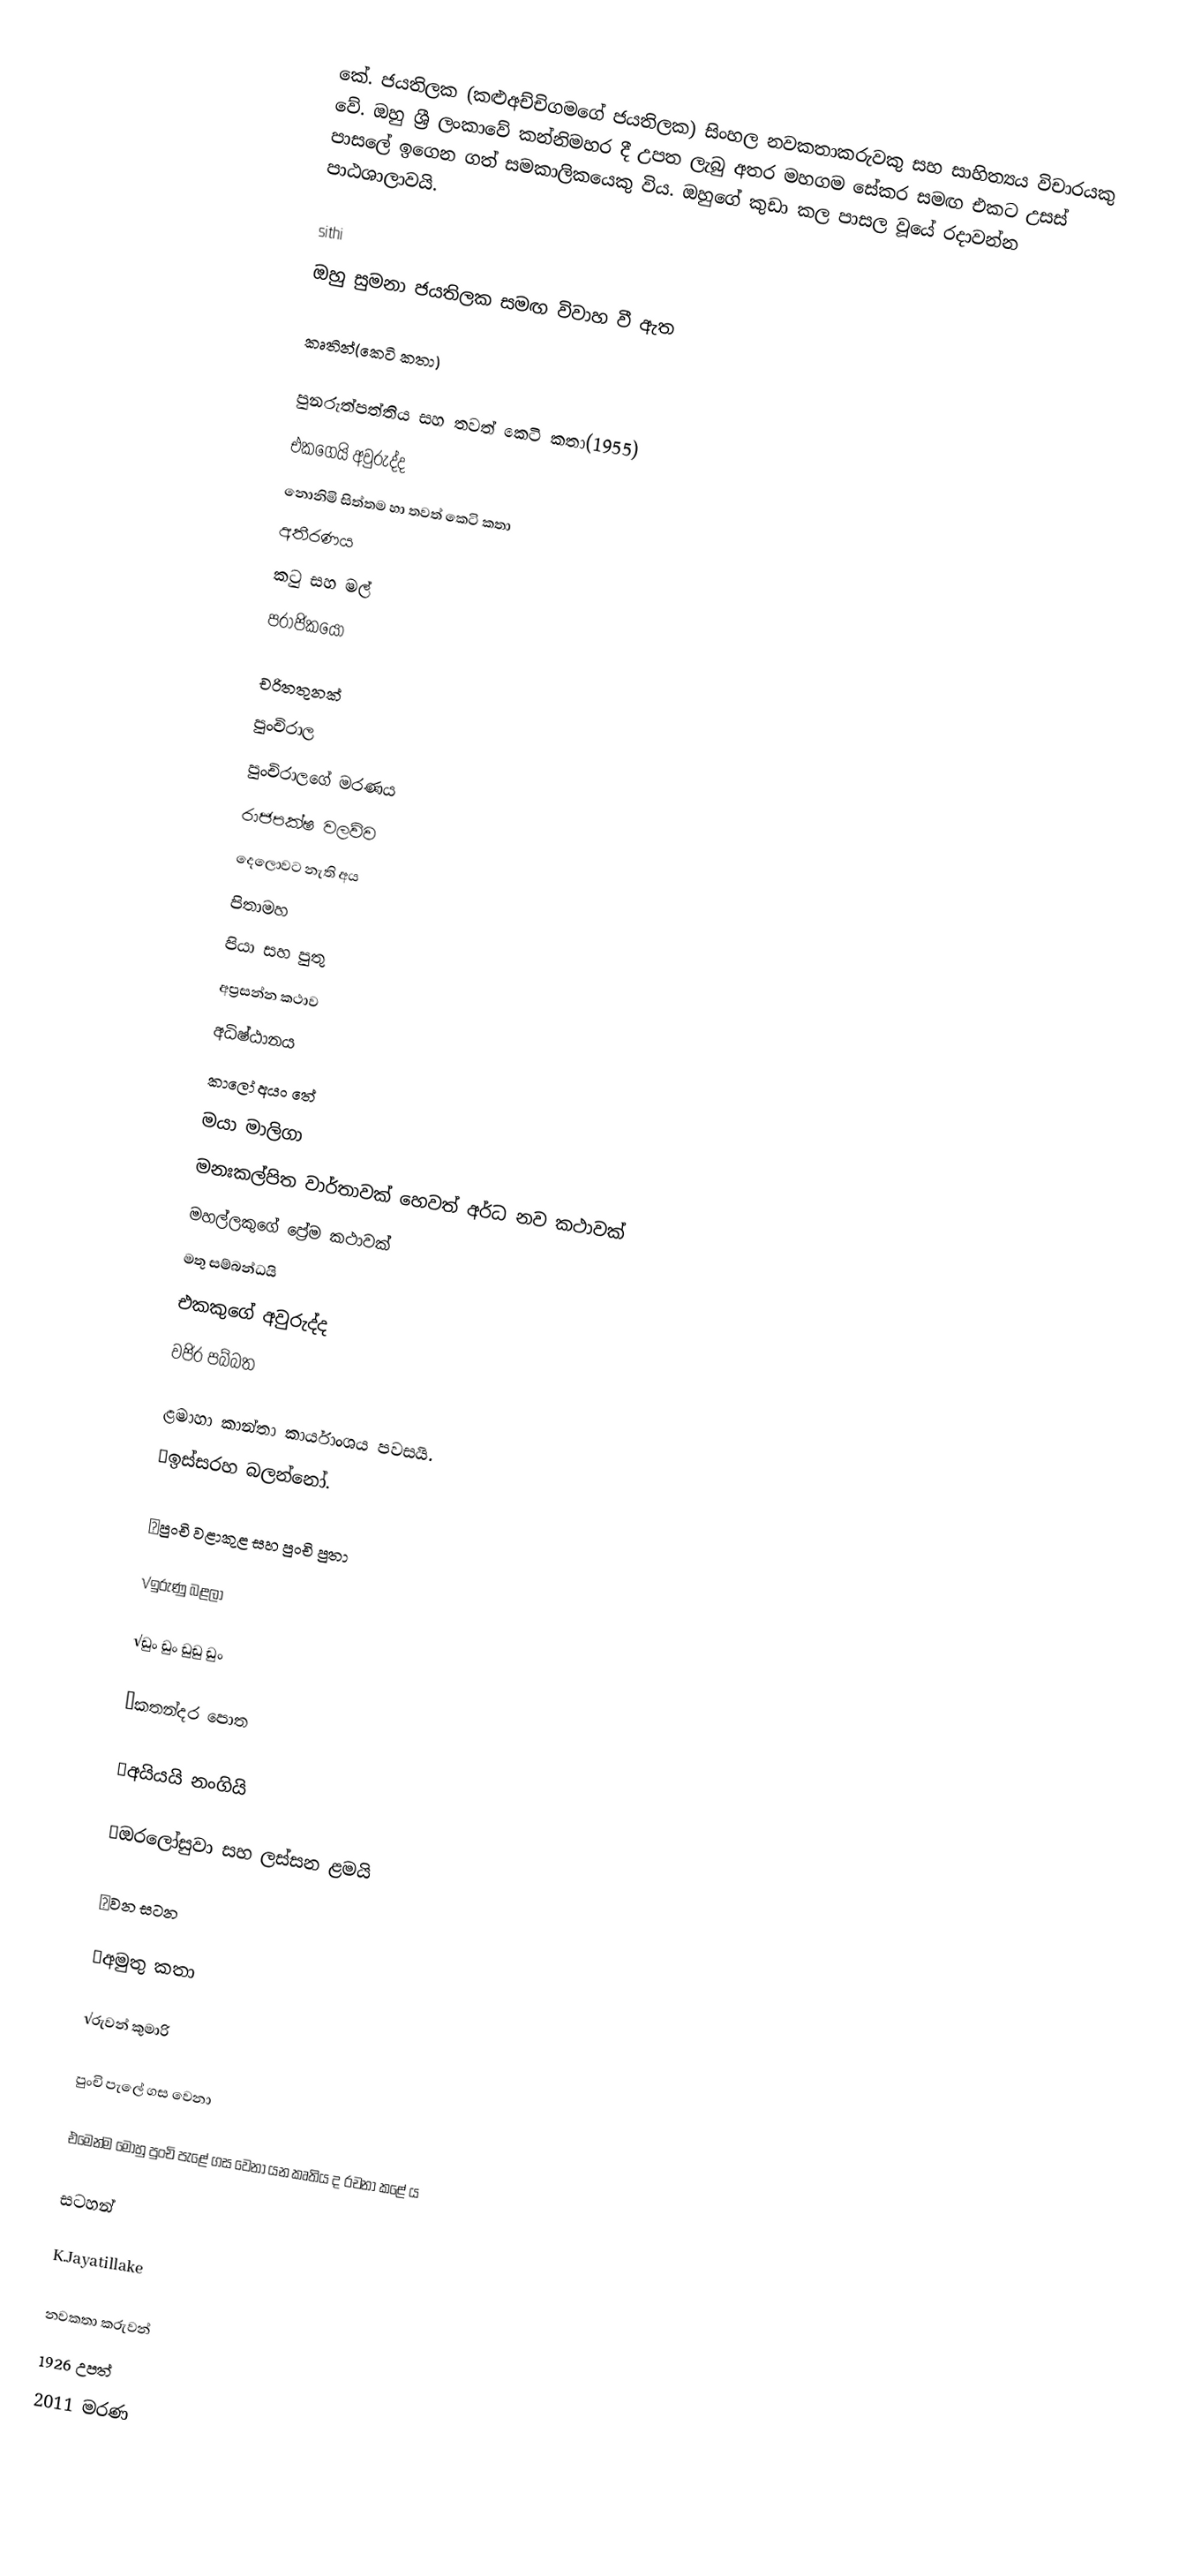
කේ. ජයතිලක (කළුඅච්චිගමගේ ජයතිලක) සිංහල නවකතාකරුවකු සහ සාහිත්‍යය  විචාරයකු වේ. ඔහු ශ්‍රී ලංකාවේ කන්නිමහර දී උපත ලැබු අතර මහගම සේකර සමඟ එකට උසස් පාසලේ ඉගෙන ගත් සමකාලිකයෙකු විය. ඔහුගේ කුඩා කල පාසල වූයේ රදාවන්න පාඨශාලාවයි.

sithi
ඔහු සුමනා ජයතිලක සමඟ විවාහ වී ඇත

කෘතින්(කෙටි කතා)

පුනරුත්පත්තිය සහ තවත් කෙටි කතා(1955)
එකගෙයි අවුරුද්ද
නොනිමි සිත්තම හා තවත් කෙටි කතා
අතීරණය
කටු සහ මල්
පරාජිකයෝ

චරිතතුනක්
පුංචිරාල
පුංචිරාලගේ මරණය
රාජපක්ෂ වලව්ව
දෙලොවට නැති අය
පිතාමහ
පියා සහ පුතු
අප්‍රසන්න කථාව
අධිෂ්ඨානය
කාලෝ අයං තේ
මයා මාලිගා
මනඃකල්පිත වාර්තාවක් හෙවත් අර්ධ නව කථාවක්
මහල්ල‍කුගේ ප්‍රේම කථාවක්
මතු සම්බන්ධයි
එකකුගේ අවුරුද්ද
වජිර පබ්බත

ළමාහා කාන්තා කාර්යාංශය පවසයි.
√ඉස්සරහ බලන්නෝ.

√පුංචි වළාකුළ සහ පුංචි පුතා

√ඉරුණු බළලා

√ඩුං ඩුං ඩුඩු ඩුං

√කතන්දර පොත

√අයියයි නංගියි

√ඔරලෝසුවා සහ ලස්සන ළමයි

√වන සටන

√අමුතු කතා

√රුවන් කුමාරි

පුංචි පැලේ ගස වෙනා

එමෙන්ම මොහු  පුංචි පැළේ ගස වෙනා යන කෘතිය ද රචනා කළේ ය

සටහන්

 K.Jayatillake

නවකතා කරුවන්
1926 උපත්
2011 මරණ